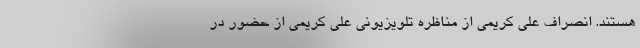
هستند. انصراف علی کریمی از مناظره تلویزیونی علی کریمی از حضور در